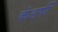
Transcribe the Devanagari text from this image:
कंडर्पी